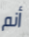
أنم